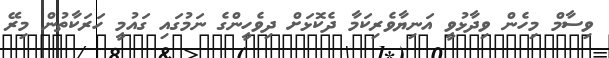
ވިސާމް މިހެން ވިދާޅުވީ އަނިޔާވެރިކަމާ ދެކޮޅަށް ދިވެހީންގެ ނަމުގައި ގައުމީ ހަރަކާތުން މިރޭ